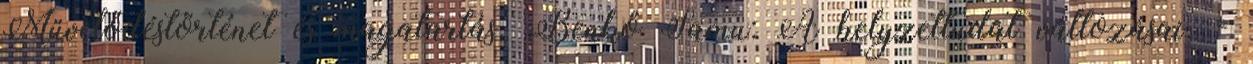
Művelődéstörténet és magatartás. Benkő Samu: A helyzettudat változásai. =